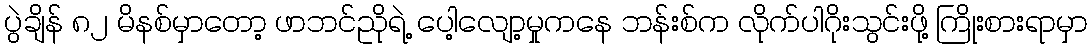
ပွဲချိန် ၈၂ မိနစ်မှာတော့ ဖာဘင်ညိုရဲ့ ပေါ့လျော့မှုကနေ ဘန်းစ်က လိုက်ပါဂိုးသွင်းဖို့ ကြိုးစားရာမှာ